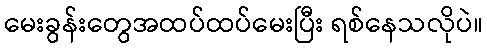
မေးခွန်းတွေအထပ်ထပ်မေးပြီး ရစ်နေသလိုပဲ။